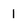
Character: 1